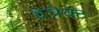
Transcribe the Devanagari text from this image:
वेप्रेक्ट